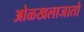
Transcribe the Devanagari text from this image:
ओळखलाजातो